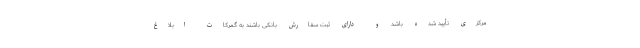
مرکزی تأیید شده باشد و دارای ثبت سفارش بانکی باشند به گمرکات ابلاغ